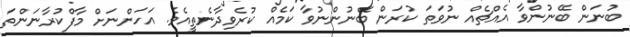
ބުނަން ބޭނުންވާ އެއްޗެއް ނުވަތަ ކުރަން ބޭނުންނުވާ ކަމެއް ކުރެވިދާނެތީއެވެ. އަހަންނަށް މާފްކުރާނަންތަ